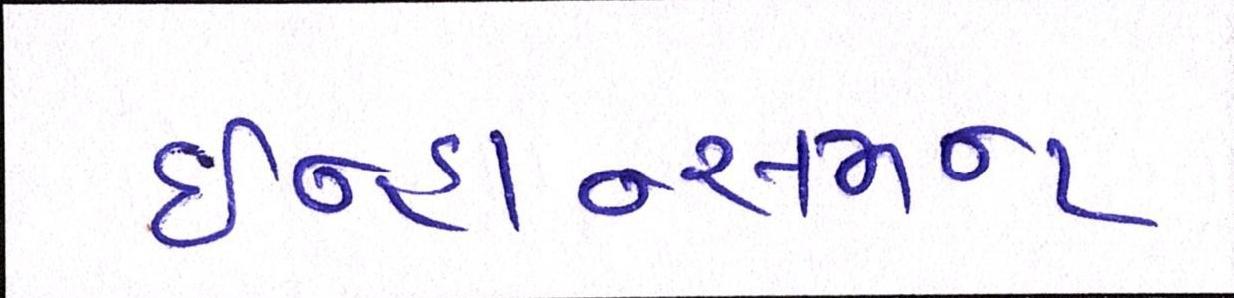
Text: ઇન્હાન્સમન્ટ